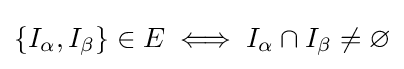
\{I_{\alpha },I_{\beta }\}\in E\iff I_{\alpha }\cap I_{\beta }\neq \varnothing